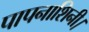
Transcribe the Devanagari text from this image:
पापनाशिनी।